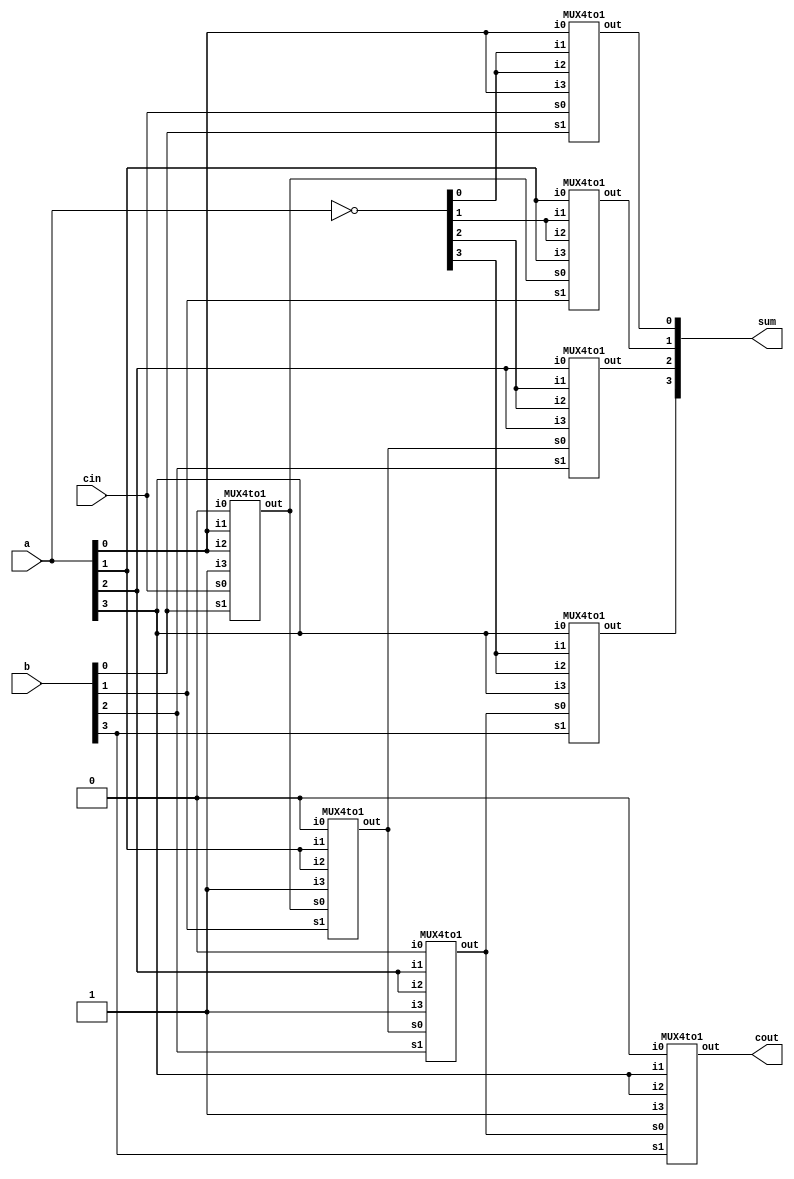
module FA(
    input [3:0] a,
    input [3:0] b,
    input cin,
    output cout,
    output [3:0] sum
);
wire c0,c1,c2;    
wire [3:0] nota;
assign nota = ~a;
   
MUX4to1 M0C(1'b0,a[0],a[0],1'b1,b[0],cin,c0);
MUX4to1 M0S(a[0],nota[0],nota[0],a[0],b[0],cin,sum[0]);

MUX4to1 M1C(1'b0,a[1],a[1],1'b1,b[1],c0,c1);
MUX4to1 M1S(a[1],nota[1],nota[1],a[1],b[1],c0,sum[1]);

MUX4to1 M2C(1'b0,a[2],a[2],1'b1,b[2],c1,c2);
MUX4to1 M2S(a[2],nota[2],nota[2],a[2],b[2],c1,sum[2]);

MUX4to1 M3C(1'b0,a[3],a[3],1'b1,b[3],c2,cout);
MUX4to1 M3S(a[3],nota[3],nota[3],a[3],b[3],c2,sum[3]);

endmodule

module MUX4to1(
    input i0,i1,i2,i3,
    input s1,s0,
    output reg out
);

always @(*) begin
case({s1,s0})
    2'b00 : out <= i0;
    2'b01 : out <= i1;
    2'b10 : out <= i2;
    2'b11 : out <= i3;
    default : out <= 1'bx;
endcase
end
endmodule